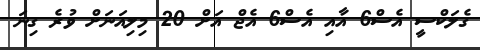
ގެލަކްސީ އެސް6 އާއި އެސް6 އެޖް އަށް 20 މިލިއަނަށް ވުރެ ގިނަ